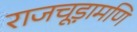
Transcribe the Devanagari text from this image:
राजचूड़ामणि